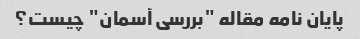
پایان نامه مقاله "بررسی آسمان" چیست؟